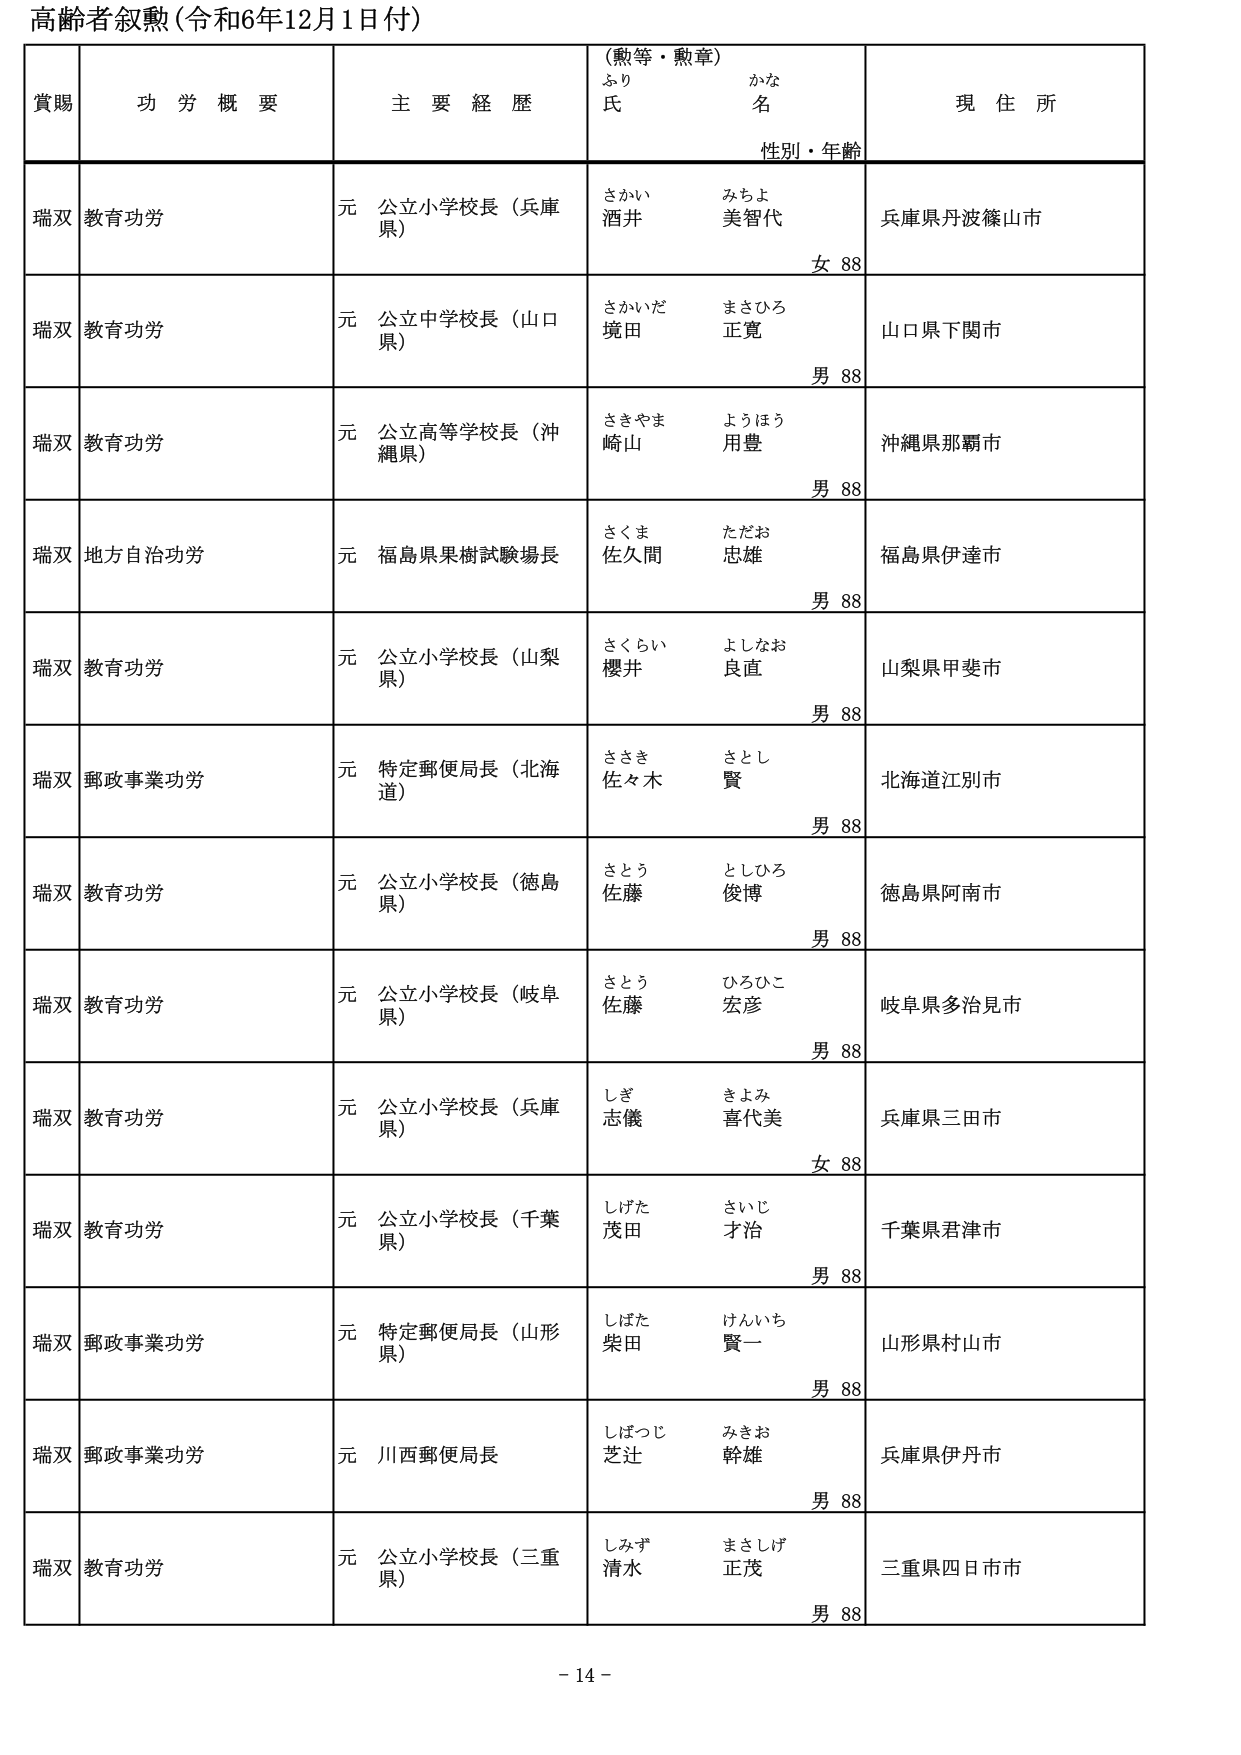
高齢者叙勲（令和6年12月1日付）

賞賜　　功労概要　　主要経歴　　（勲等・勲章）　　現住所
　　　　　　　　　　　　　　ふり　　かな
　　　　　　　　　　　　　　氏　　名
　　　　　　　　　　　　　　性別・年齢

瑞双　教育功労　　元 公立小学校長（兵庫県）　　さかい　みちよ　　兵庫県丹波篠山市
　　　　　　　　　　　　　　　　　　　　　　　酒井　美智代　　女 88

瑞双　教育功労　　元 公立中学校長（山口県）　　さかいだ　まさひろ　　山口県下関市
　　　　　　　　　　　　　　　　　　　　　　　境田　正寛　　男 88

瑞双　教育功労　　元 公立高等学校長（沖縄県）　　さきやま　ようほう　　沖縄県那覇市
　　　　　　　　　　　　　　　　　　　　　　　崎山　用豊　　男 88

瑞双　地方自治功労　　元 福島県果樹試験場長　　さくま　ただお　　福島県伊達市
　　　　　　　　　　　　　　　　　　　　　　　佐久間　忠雄　　男 88

瑞双　教育功労　　元 公立小学校長（山梨県）　　さくらい　よしなお　　山梨県甲斐市
　　　　　　　　　　　　　　　　　　　　　　　櫻井　良直　　男 88

瑞双　郵政事業功労　　元 特定郵便局長（北海道）　　ささき　さとし　　北海道江別市
　　　　　　　　　　　　　　　　　　　　　　　佐々木　賢　　男 88

瑞双　教育功労　　元 公立小学校長（徳島県）　　さとう　としひろ　　徳島県阿南市
　　　　　　　　　　　　　　　　　　　　　　　佐藤　俊博　　男 88

瑞双　教育功労　　元 公立小学校長（岐阜県）　　さとう　ひろひこ　　岐阜県多治見市
　　　　　　　　　　　　　　　　　　　　　　　佐藤　宏彦　　男 88

瑞双　教育功労　　元 公立小学校長（兵庫県）　　しぎ　きよみ　　兵庫県三田市
　　　　　　　　　　　　　　　　　　　　　　　志儀　喜代美　　女 88

瑞双　教育功労　　元 公立小学校長（千葉県）　　しげた　さいじ　　千葉県君津市
　　　　　　　　　　　　　　　　　　　　　　　茂田　才治　　男 88

瑞双　郵政事業功労　　元 特定郵便局長（山形県）　　しばた　けんいち　　山形県村山市
　　　　　　　　　　　　　　　　　　　　　　　柴田　賢一　　男 88

瑞双　郵政事業功労　　元 川西郵便局長　　しばつじ　みきお　　兵庫県伊丹市
　　　　　　　　　　　　　　　　　　　　　　　芝辻　幹雄　　男 88

瑞双　教育功労　　元 公立小学校長（三重県）　　しみず　まさしげ　　三重県四日市市
　　　　　　　　　　　　　　　　　　　　　　　清水　正茂　　男 88

- 14 -